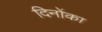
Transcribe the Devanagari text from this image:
दिनोंका